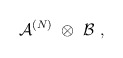
\begin{align*}{\mathcal A}^{(N)} \ \otimes \ {\mathcal B} \ ,\end{align*}